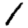
Digit: 1